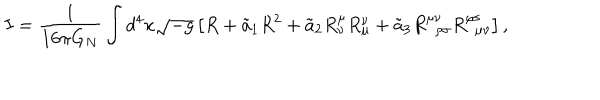
I = \frac { 1 } { 1 6 \pi G _ { N } } \int d ^ { 4 } x \sqrt { - g } \left[ R + \tilde { a } _ { 1 } R ^ { 2 } + \tilde { a } _ { 2 } R _ { \nu } ^ { \mu } R _ { \mu } ^ { \nu } + \tilde { a } _ { 3 } R _ { \ \ \rho \sigma } ^ { \mu \nu } R _ { \ \ \mu \nu } ^ { \rho \sigma } \right] ,